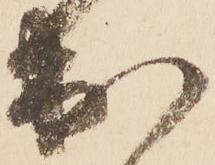
出